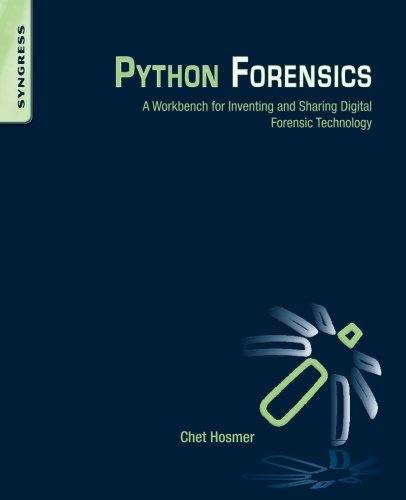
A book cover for Python Forensics: A workbench for inventing and sharing digital forensic technology; Chet Hosmer; Computers & Technology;